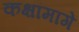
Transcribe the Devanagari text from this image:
कक्षांमागे